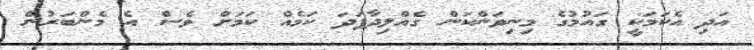
އަދި އެކަމަކީ ގައުމުގެ މިނިވަންކަން ގެއްލިދާފަދަ ކަމެއް ކަމަށް ވެސް އެ މެންބަރުން